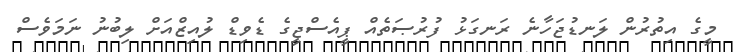
މީގެ އިތުރުން ލަނޑުޖަހާނެ ރަނގަޅު ފުރުޞަތެއް ޕީއެސްޖީގެ ޑެވިޑް ލުއިޒްއަށް ލިބުނު ނަމަވެސް